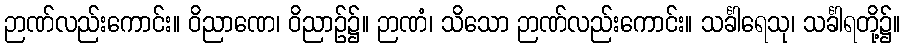
ဉာဏ်လည်းကောင်း။ ဝိညာဏေ၊ ဝိညာဉ်၌။ ဉာဏံ၊ သိသော ဉာဏ်လည်းကောင်း။ သင်္ခါရေသု၊ သင်္ခါရတို့၌။